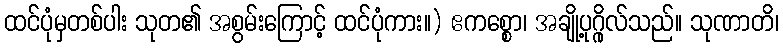
ထင်ပုံမှတစ်ပါး သုတ၏ အစွမ်းကြောင့် ထင်ပုံကား။) ဧကစ္စော၊ အချို့ပုဂ္ဂိုလ်သည်။ သုဏာတိ၊